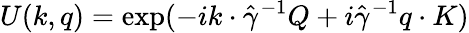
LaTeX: U(k,q)=\exp(-ik\cdot\hat{\gamma}^{-1}Q+i\hat{\gamma}^{-1}q\cdot K)